Tartu_linnavalitsus, lk 103
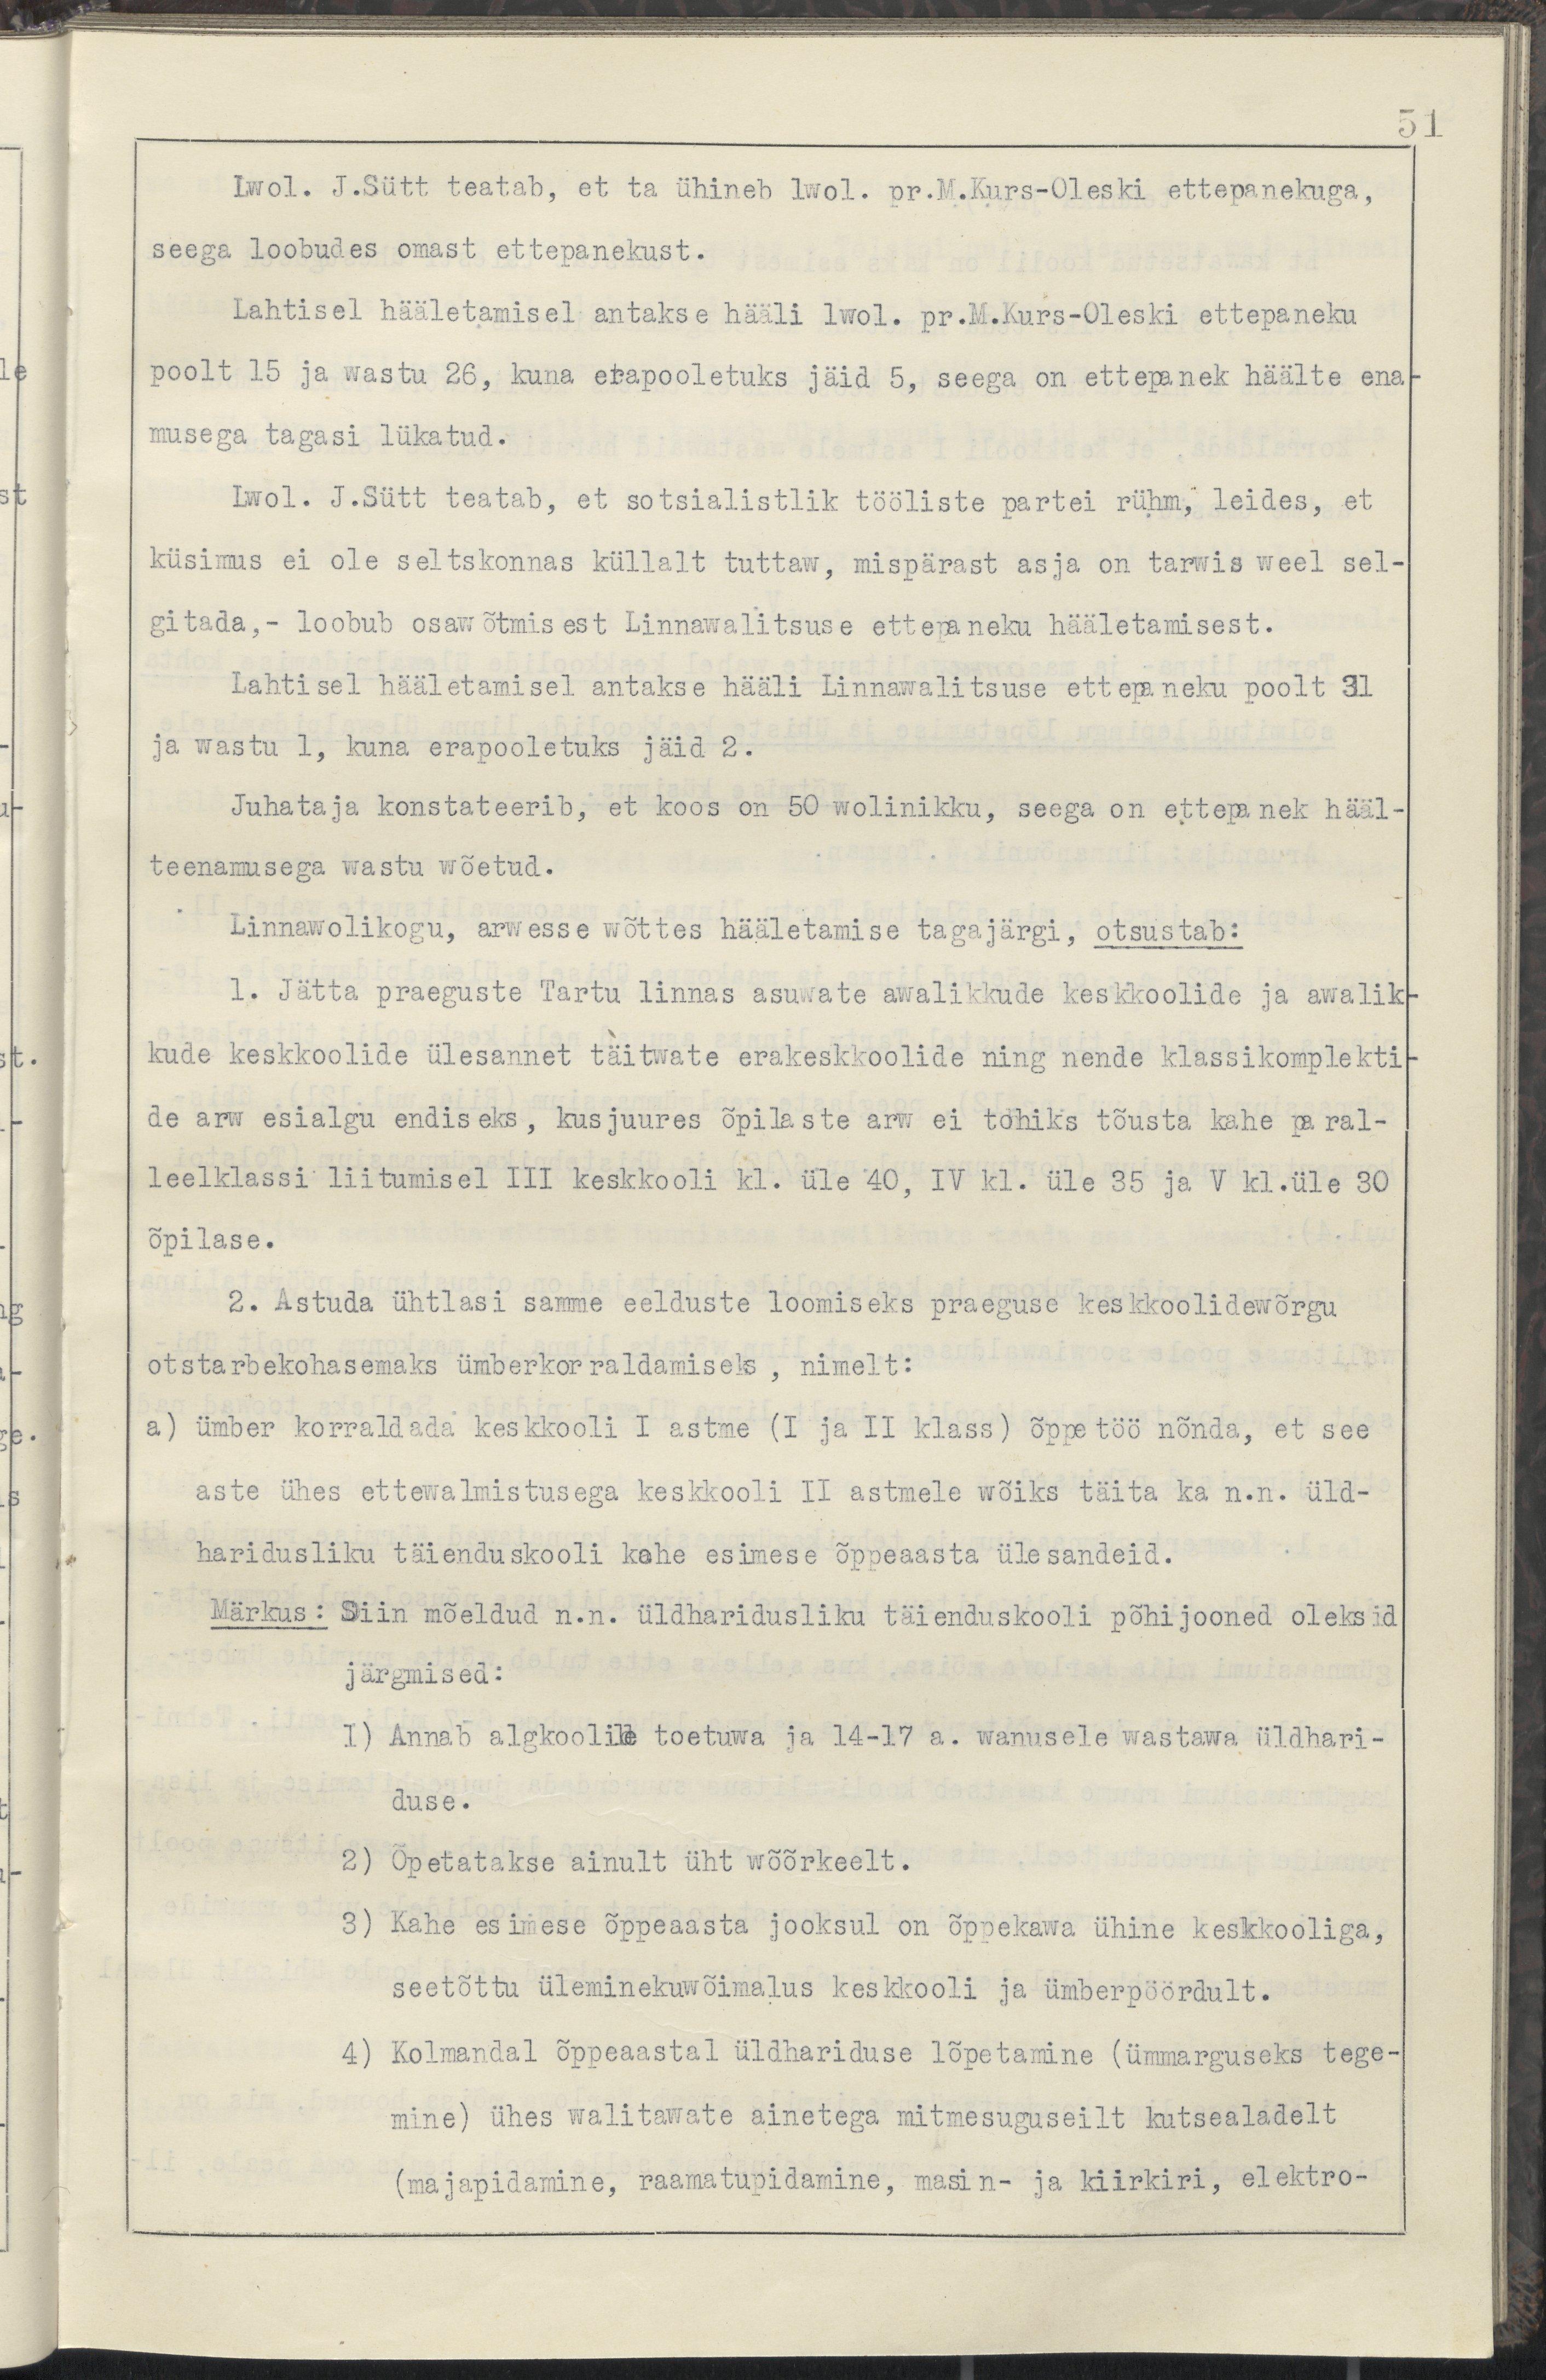
51
Lwol. J.Sütt teatab, et ta ühineb lwol. pr.M.Kurs-Oleski ettepanekuga
seega loobudes omast ettepanekust.
Lahtisel hääletamisel antakse hääli lwol. pr.M.Kurs-Oleski ettepaneku
poolt 15 ja wastu 26, kuna erapooletuks jäi 5, seega on ettepanek häälte ena-
musega tagasi lükatud.
Lwol. J.Sütt teatab, et sotsialistlik tööliste partei rühm, leides, et
küsimus ei ole seltskonnas küllalt tuttaw, mispärast asja on tarwis weel sel-
gitada, - loobub osawõtmisest Linnawalitsuse ettepaneku hääletamisest.
Lahtisel hääletamisel antakse hääli Linnawalitsuse ettepaneku poolt 31
ja wastu 1, kuna erapooletuks jäid 2.
Juhataja konstateerib, et koos on 50 wolinikku, seega on ettepaneks hääl-
teenamusega wastu wõetud.
Linnawolikogu, arwesse wõttes hääletamise tagajärgi, otsustab:
1. Jätta praeguste Tartu linnas asuwate awalikkude keskkoolide ja awalik-
kude keskkoolide ülesannet täitwate erakeskkoolide ning nende klassikomplekti-
de arw esialgu endiseks, kusjuures õpilaste arw ei tohiks tõusta kahe paral-
leelklassi liitumisel III keskkooli kl. üle 40, IV kl. üle 35 ja V kl. üle 30
õpilase.
2. Astuda ühtlasi samme eelduste loomiseks praeguse keskkoolidewõrgu
otstarbekohasemaks ümberkorraldamiseks, nimelt:
a) ümber korraldada keskkooli I astme (I ja II klass) õppetöö nõnda, et see
aste ühes ettewalmistusega keskkooli II astmele wõiks täita ka n.n. üld-
haridusliku täienduskooli kahe esimese õppeaasta ülesandeid.
Märkus: Siin mõeldud n.n. üldharidusliku täienduskooli põhijooned oleksid
järgmiseD:
1) Annab algkoolile toetuwa ja 14-17 a. wanusele wastawa üldhari-
duse.
2) Õpetatakse ainult üht wõõrkeelt.
3) Kahe esimese õppeaasta jooksul on õppekawa ühine keskkooliga,
seetõttu üleminekuwõimalus keskkooli ja ümberpöördult.
4) Kolmandal õppeaastal üldhariduse lõpetamine (ümmarguseks tege-
mine) ühes walitawate ainetega mitmesuguseilt kutsealadelt
(majapidamine, raamatupidamine, masin- ja kiirkiri, elektro-